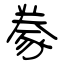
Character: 豢